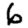
Digit: 6